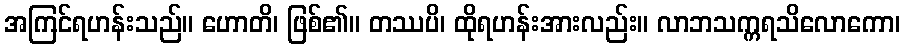
အကြင်ရဟန်းသည်။ ဟောတိ၊ ဖြစ်၏။ တဿပိ၊ ထိုရဟန်းအားလည်း။ လာဘသက္ကရသိလောကော၊